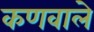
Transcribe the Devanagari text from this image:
कणवाले